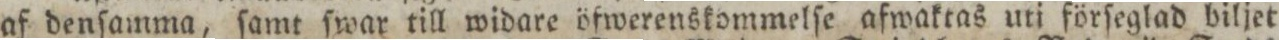
af denſamma, ſamt ſwar till widare öfwerenskommelſe afwaktas uti förſeglad biljet